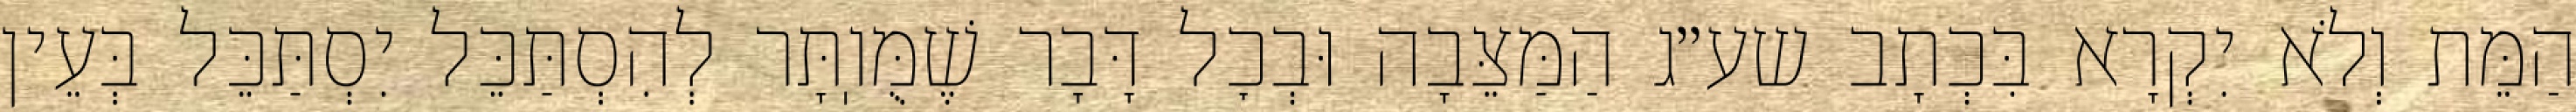
הַמֵּת וְלֹא יִקְרָא בִּכְתָב שע״ג הַמַּצֵּבָה וּבְכׇל דָּבָר שֶׁמֻּוֽתָּר לְהִסְתַּכֵּל יִסְתַּכֵּל בְּעֵין